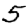
Digit: 5